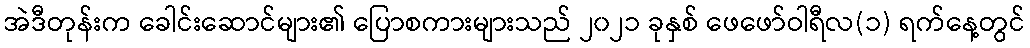
အဲဒီတုန်းက ခေါင်းဆောင်များ၏ ပြောစကားများသည် ၂၀၂၁ ခုနှစ် ဖေဖော်ဝါရီလ(၁) ရက်နေ့တွင်